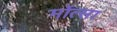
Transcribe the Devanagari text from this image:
मोंत्सा